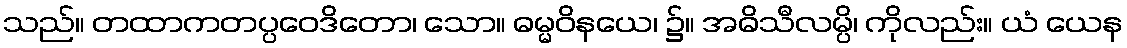
သည်။ တထာကတပ္ပဝေဒိတော၊ သော။ ဓမ္မဝိနယေ၊ ၌။ အဓိသီလမ္ပိ၊ ကိုလည်း။ ယံ ယေန